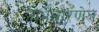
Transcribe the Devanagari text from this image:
गर्भधारणेत